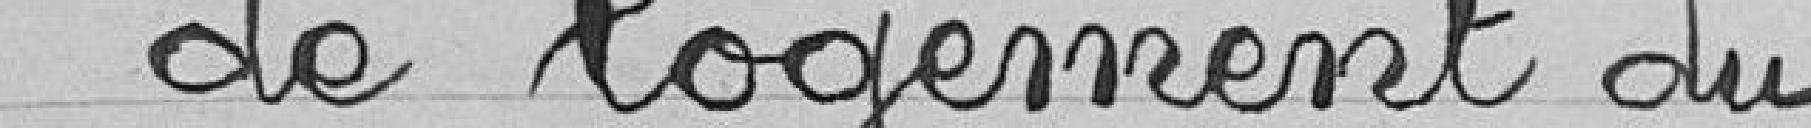
et de logement du